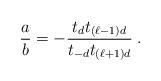
LaTeX: \begin{align*}\frac{a}{b} = -\frac{t_d t_{(\ell-1)d}}{t_{-d} t_{(\ell+1)d}} \;.\end{align*}